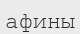
афины